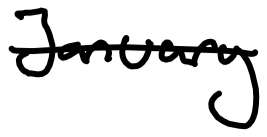
Text: January
Cross-out: single-line
Writing tool: digital_black